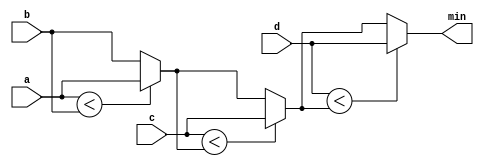
module top_module (
    input [7:0] a, b, c, d,
    output [7:0] min);//

    wire [7:0] minab;
    wire [7:0] minabc;
    
    assign  minab = (a<b) ? a : b;
    assign  minabc = (c<minab) ? c : minab;
    assign  min = (d<minabc) ? d : minabc;
        
    
    // assign intermediate_result1 = compare? true: false;

endmodule